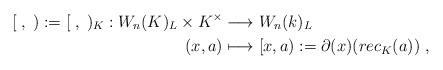
LaTeX: \begin{align*} [\;,\;):= [\;,\;)_K: W_n(K)_L \times K^\times & \longrightarrow W_n(k)_L \\ (x,a) & \longmapsto [x,a):=\partial(x)(rec_K(a)) \ ,\end{align*}